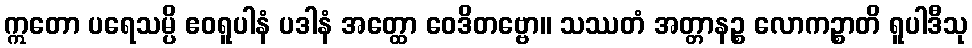
ဣတော ပရေသမ္ပိ ဧဝရူပါနံ ပဒါနံ အတ္ထော ဝေဒိတဗ္ဗော။ သဿတံ အတ္တာနဉ္စ လောကဉ္စာတိ ရူပါဒီသု